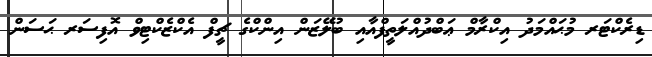
ޑިރެކްޓަރ މުޙައްމަދު އިކްރާމް ޢަބްދުއްލަތީފްއާއި ބުލޭޒަން އިންކްގެ ޗީފް އެކްޒެކްޓިވް އޮފިސަރ ޙަސަން